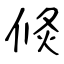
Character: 倐